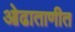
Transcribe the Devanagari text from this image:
ओढाताणीत